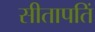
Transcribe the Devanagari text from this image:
सीतापतिं